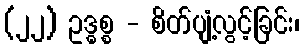
(၂၂) ဥဒ္ဓစ္စ - စိတ်ပျံ့လွင့်ခြင်း၊